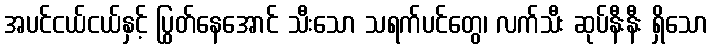
အပင်ငယ်ငယ်နှင့် ပြွတ်နေအောင် သီးသော သရက်ပင်တွေ၊ လက်သီး ဆုပ်နီးနီး ရှိသော